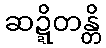
ဆဍ္ဍိတန္တိ